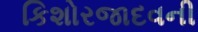
કિશોરજાદવની